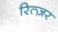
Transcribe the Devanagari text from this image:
रित्ज़र